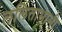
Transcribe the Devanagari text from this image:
ललिताभाभी